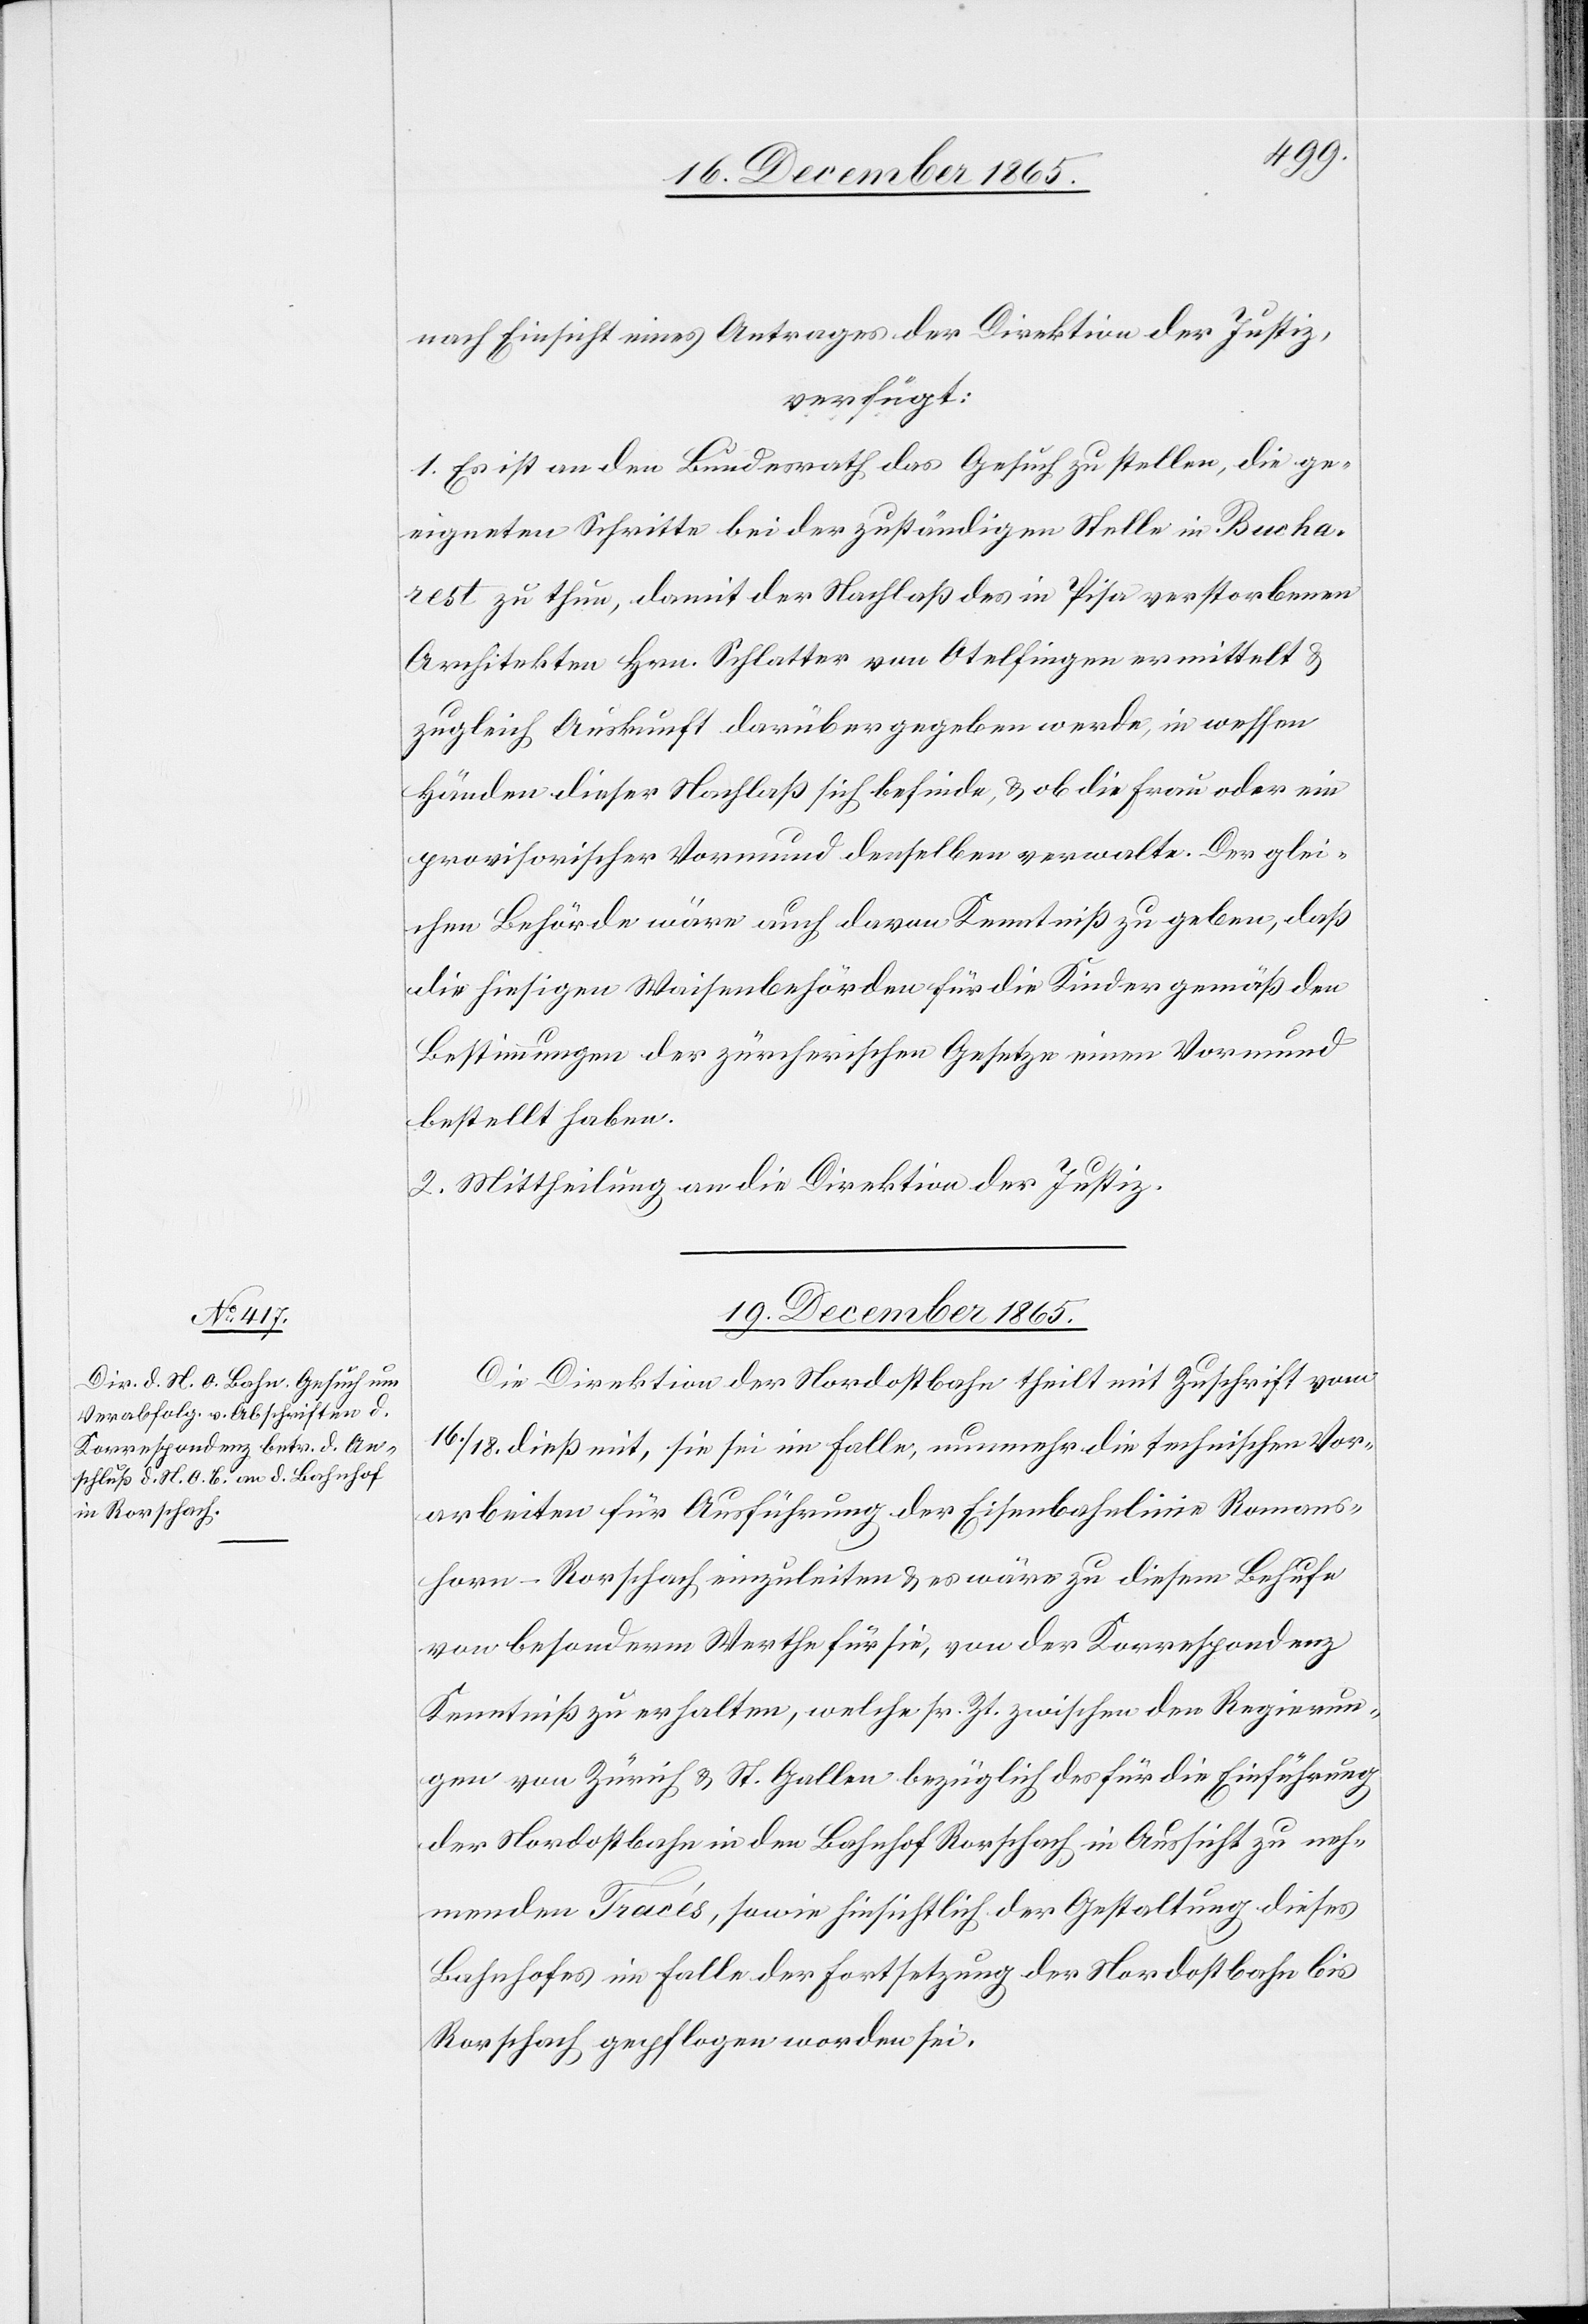
nach Einsicht eines Antrages der Direktion der Justiz,
verfügt:
1. Es ist an den Bundesrath das Gesuch zu stellen, die ge¬
eigneten Schritte bei der zuständigen Stelle in Bucha¬
rest zu thun, damit der Nachlaß des in Pisa verstorbenen
Architekten Hrn. Schlatter von Otelfingen ermittelt &
zugleich Auskunft darüber gegeben werde, in wessen
Händen dieser Nachlaß sich befinde, & ob die Frau oder ein
provisorischer Vormund denselben verwalte. Der glei¬
chen Behörde wäre auch davon Kenntniß zu geben, daß
die hiesigen Waisenbehörden für die Kinder gemäß den
Bestimmungen der zürcherischen Gesetze einen Vormund
bestellt haben.
2. Mittheilung an die Direktion der Justiz.
19. December 1865.
Die Direktion der Nordostbahn theilt mit Zuschrift vom
16./18. dieß mit, sie sei im Falle, nunmehr die technischen Vor¬
arbeiten für Ausführung der Eisenbahnlinie Romans¬
horn–Rorschach einzuleiten & es wäre zu diesem Behufe
von besonderm Werthe für sie, von der Korrespondenz
Kenntniß zu erhalten, welche sr. Zt. zwischen den Regierun¬
gen von Zürich & St. Gallen bezüglich des für die Einführung
der Nordostbahn in den Bahnhof Rorschach in Aussicht zu neh¬
menden Tracés, sowie hinsichtlich der Gestaltung dieses
Bahnhofes im Falle der Fortsetzung der Nordostbahn bis
Rorschach gepflogen worden sei.